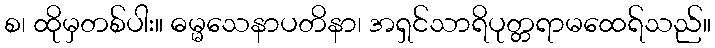
စ၊ ထိုမှတစ်ပါး။ ဓမ္မသေနာပတိနာ၊ အရှင်သာရိပုတ္တရာမထေရ်သည်။